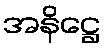
အနိဋ္ဌေ